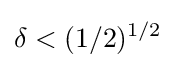
\delta <(1/2)^{1/2}